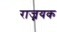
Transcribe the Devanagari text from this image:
राज्नयक